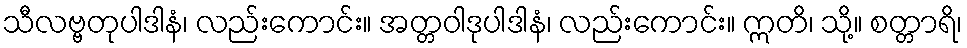
သီလဗ္ဗတုပါဒါနံ၊ လည်းကောင်း။ အတ္တဝါဒုပါဒါနံ၊ လည်းကောင်း။ ဣတိ၊ သို့။ စတ္တာရိ၊